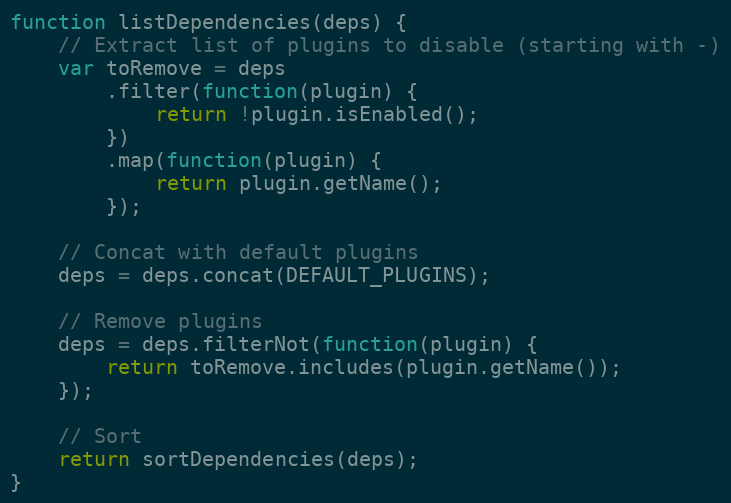
Language: JavaScript
function listDependencies(deps) {
    // Extract list of plugins to disable (starting with -)
    var toRemove = deps
        .filter(function(plugin) {
            return !plugin.isEnabled();
        })
        .map(function(plugin) {
            return plugin.getName();
        });

    // Concat with default plugins
    deps = deps.concat(DEFAULT_PLUGINS);

    // Remove plugins
    deps = deps.filterNot(function(plugin) {
        return toRemove.includes(plugin.getName());
    });

    // Sort
    return sortDependencies(deps);
}